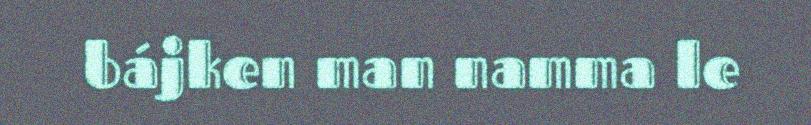
bájken man namma le